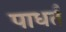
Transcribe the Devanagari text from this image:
पाधर्त